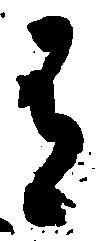
有